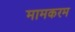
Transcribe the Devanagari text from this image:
मामकरम